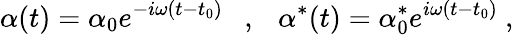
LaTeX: \alpha(t)=\alpha_{0}e^{-i\omega(t-t_{0})}\ \ \ ,\ \ \ \alpha^{*}(t)=\alpha_{0}^{*}e^{i\omega(t-t_{0})}\ ,